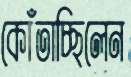
কোঁতাচ্ছিলেন